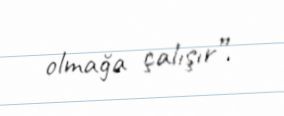
olmağa çalışır”.